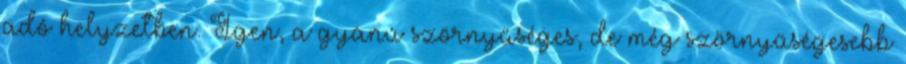
adó helyzetben. Igen, a gyanú szörnyűséges, de még szörnyűségesebb